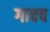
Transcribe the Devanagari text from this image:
गावच